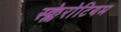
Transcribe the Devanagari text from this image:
स्क्लेरोटियम